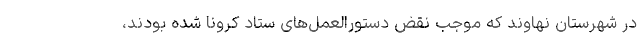
در شهرستان نهاوند که موجب نقض دستورالعمل‌های ستاد کرونا شده بودند،